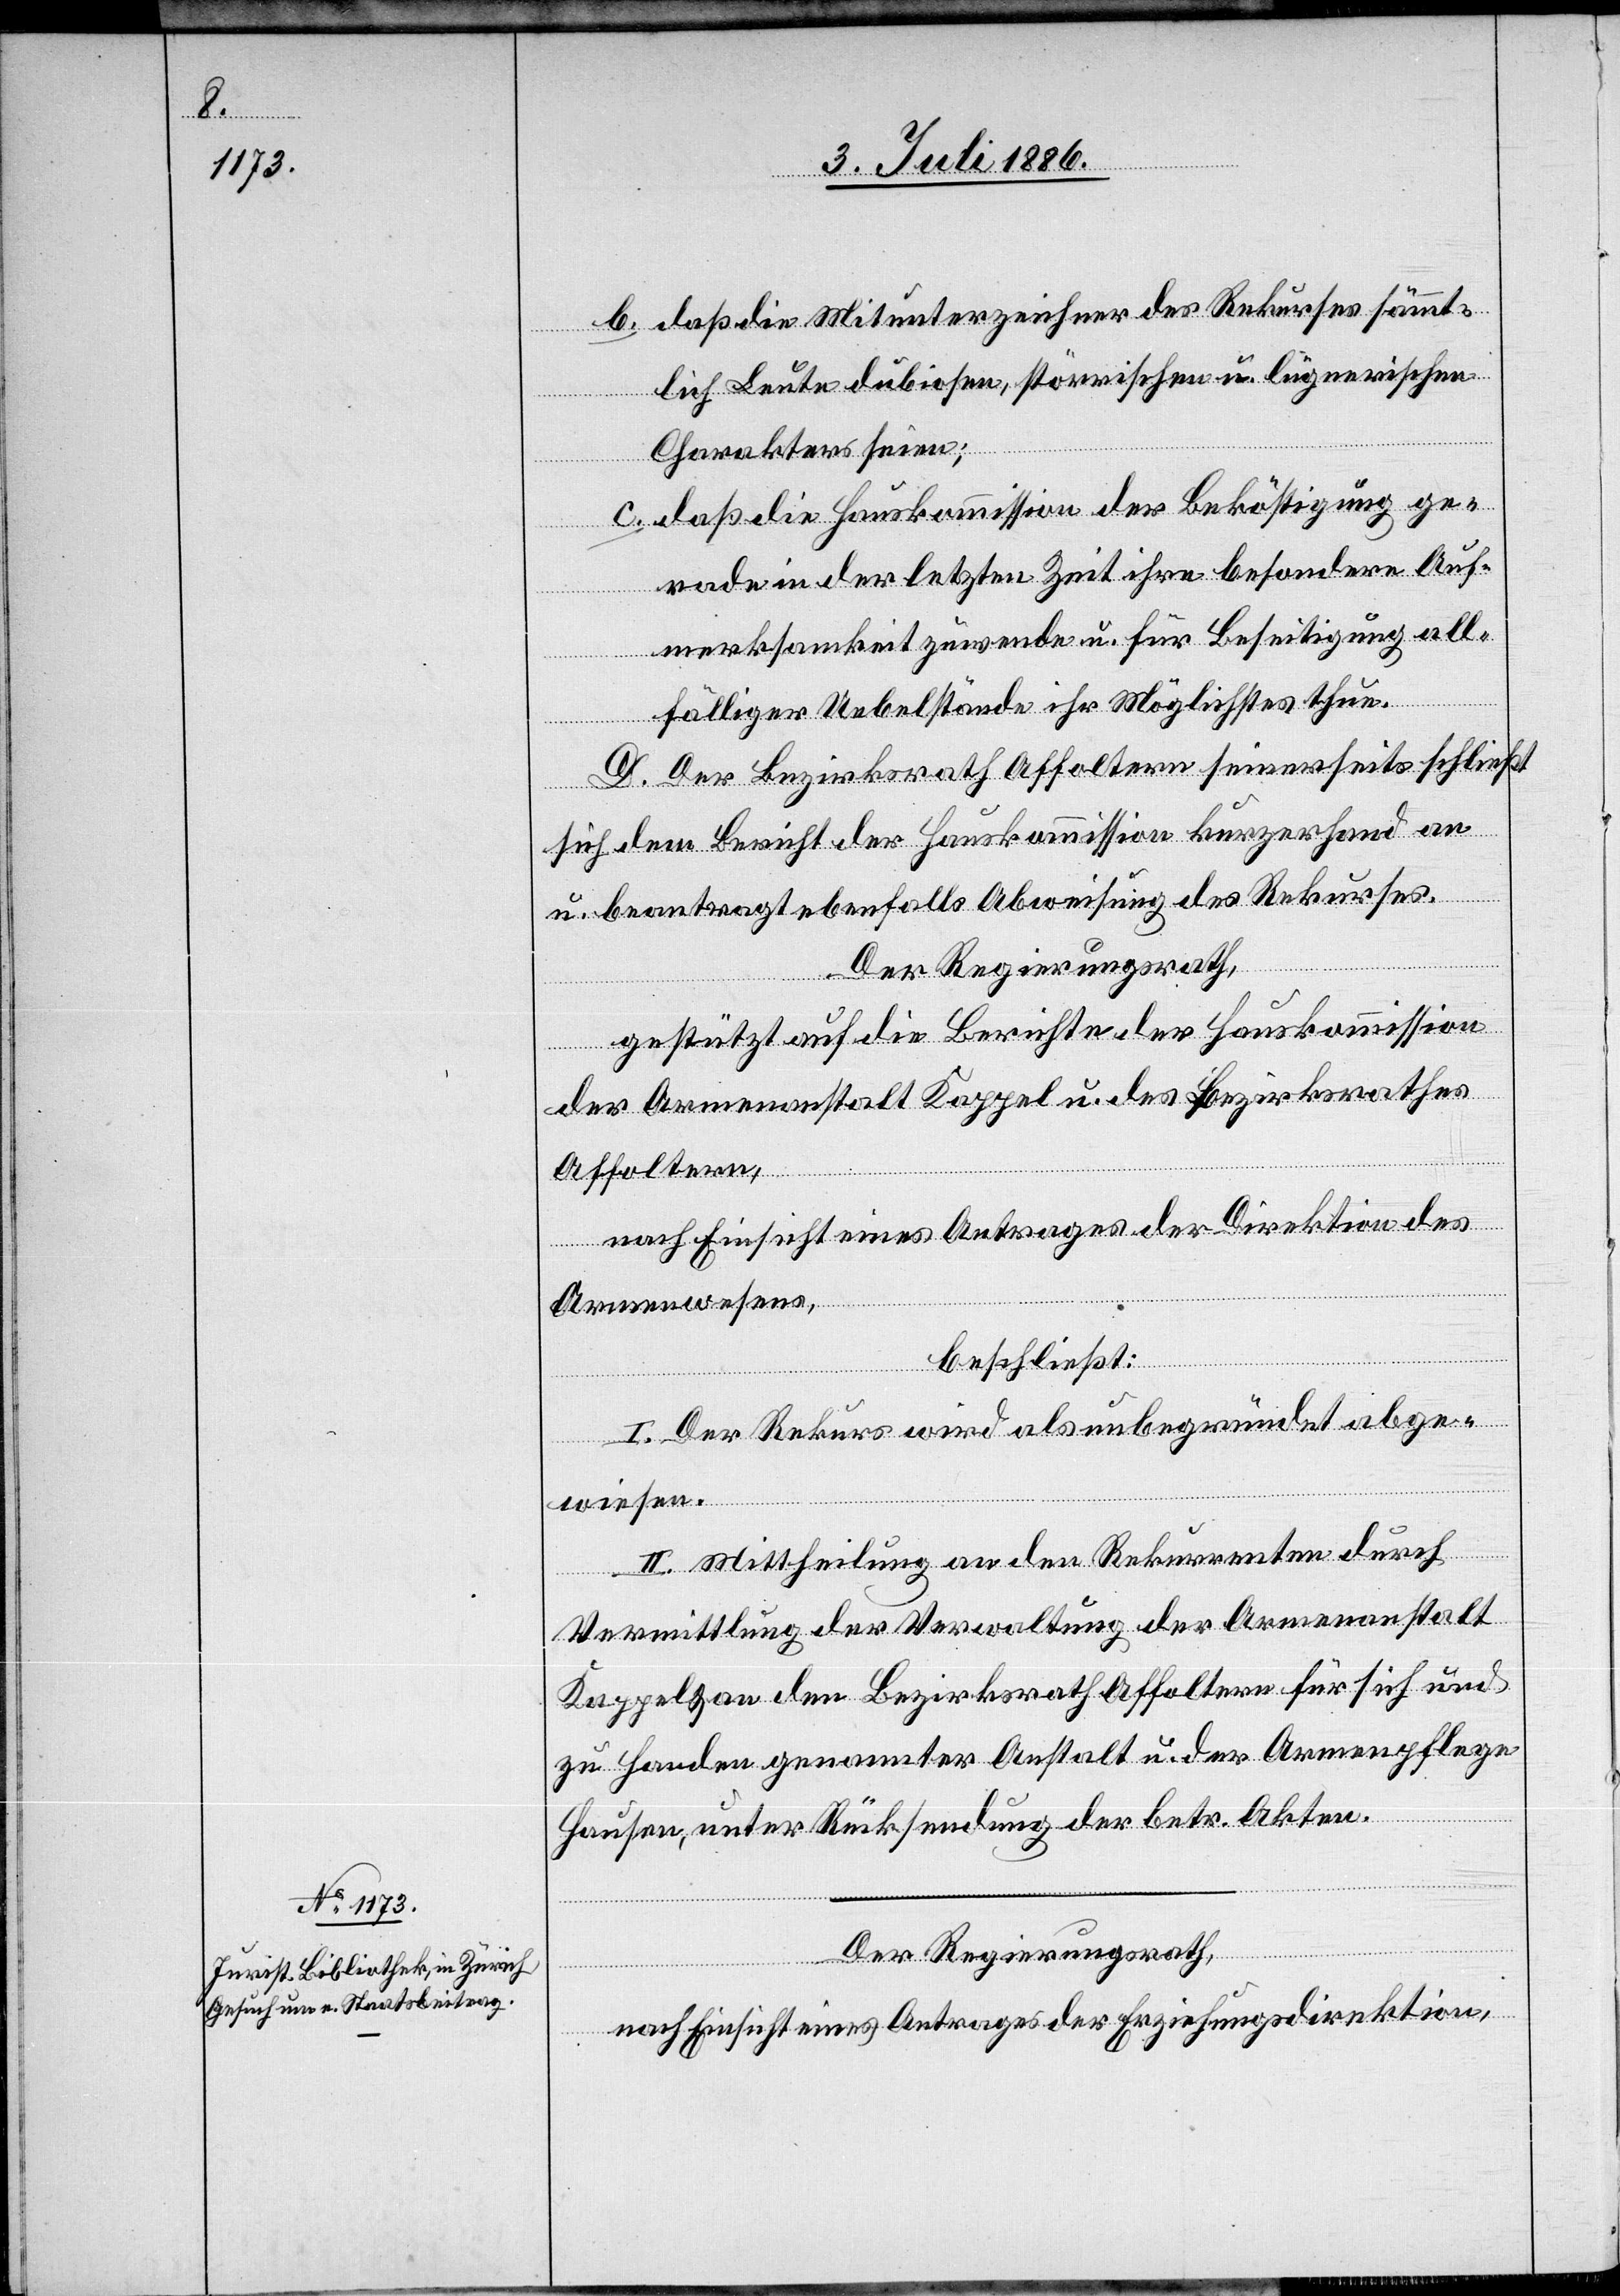
b. daß die Mitunterzeichner des Rekurses sämmt¬
lich Leute dubiosen, störrischen u. lügnerischen
Charakters seien;
c. daß die Hauskommission der Beköstigung ge¬
rade in der letzten Zeit ihre besondere Auf¬
merksamkeit zuwende u. für Beseitigung all¬
fälliger Uebelstände ihr Möglichstes thue.
D. Der Bezirksrath Affoltern seinerseits schließt
sich dem Bericht der Hauskommission kurzerhand an
u. beantragt ebenfalls Abweisung des Rekurses.
Der Regierungsrath,
gestützt auf die Berichte der Hauskommission
der Armenanstalt Kappel u. des Bezirksrathes
Affoltern,
nach Einsicht eines Antrages der Direktion des
Armenwesens,
beschließt:
I. Der Rekurs wird als unbegründet abge¬
wiesen.
II. Mittheilung an den Rekurrenten durch
Vermittlung der Verwaltung der Armenanstalt
Kappel & an den Bezirksrath Affoltern für sich und
zu Handen genannter Anstalt u. der Armenpflege
Hausen, unter Rücksendung der betr. Akten.
Der Regierungsrath,
nach Einsicht eines Antrages der Erziehungsdirektion,